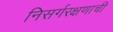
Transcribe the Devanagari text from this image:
निसर्गरक्षणाची